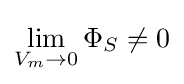
\lim _{V_{m}\rightarrow 0}\Phi _{S}\neq 0